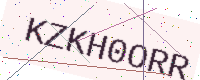
Text: KZKH0ORR